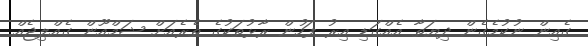
ގެއިން ނުކުމެގެން ދިޔަތާ އެއްގަޑި އިރު ފަހުން ރާޅުތަކުގެ ތެރެއަށް ޝަމްއޫން ގެއްލިޖެއް